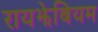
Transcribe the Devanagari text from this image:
रायझेबियम